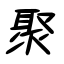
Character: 聚